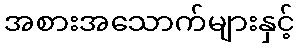
အစားအသောက်များနှင့်